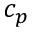
c _ { p }